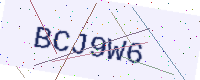
Text: BCJ9W6